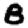
Digit: 8